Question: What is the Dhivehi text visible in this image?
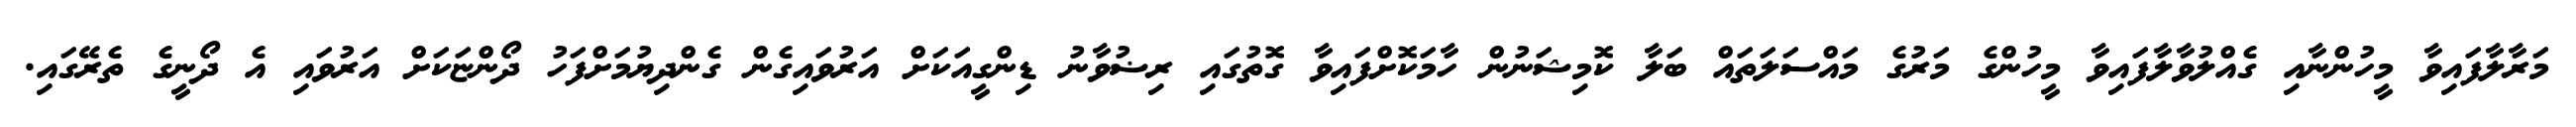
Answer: މަރާލާފައިވާ މީހުންނާއި ގެއްލުވާލާފައިވާ މީހުންގެ މަރުގެ މައްސަލަތައް ބަލާ ކޮމިޝަނުން ހާމަކޮށްފައިވާ ގޮތުގައި ރިޟުވާނު ޑިންގީއަކަށް އަރުވައިގެން ގެންދިޔުމަށްފަހު ދޯންޏަކަށް އަރުވައި އެ ދޯނީގެ ތެރޭގައި.